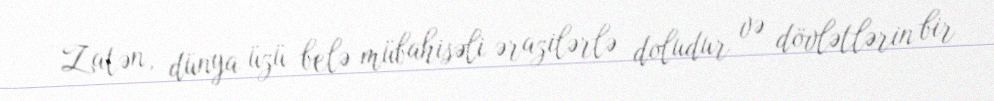
Zatən, dünya üzü belə mübahisəli ərazilərlə doludur və dövlətlərin bir